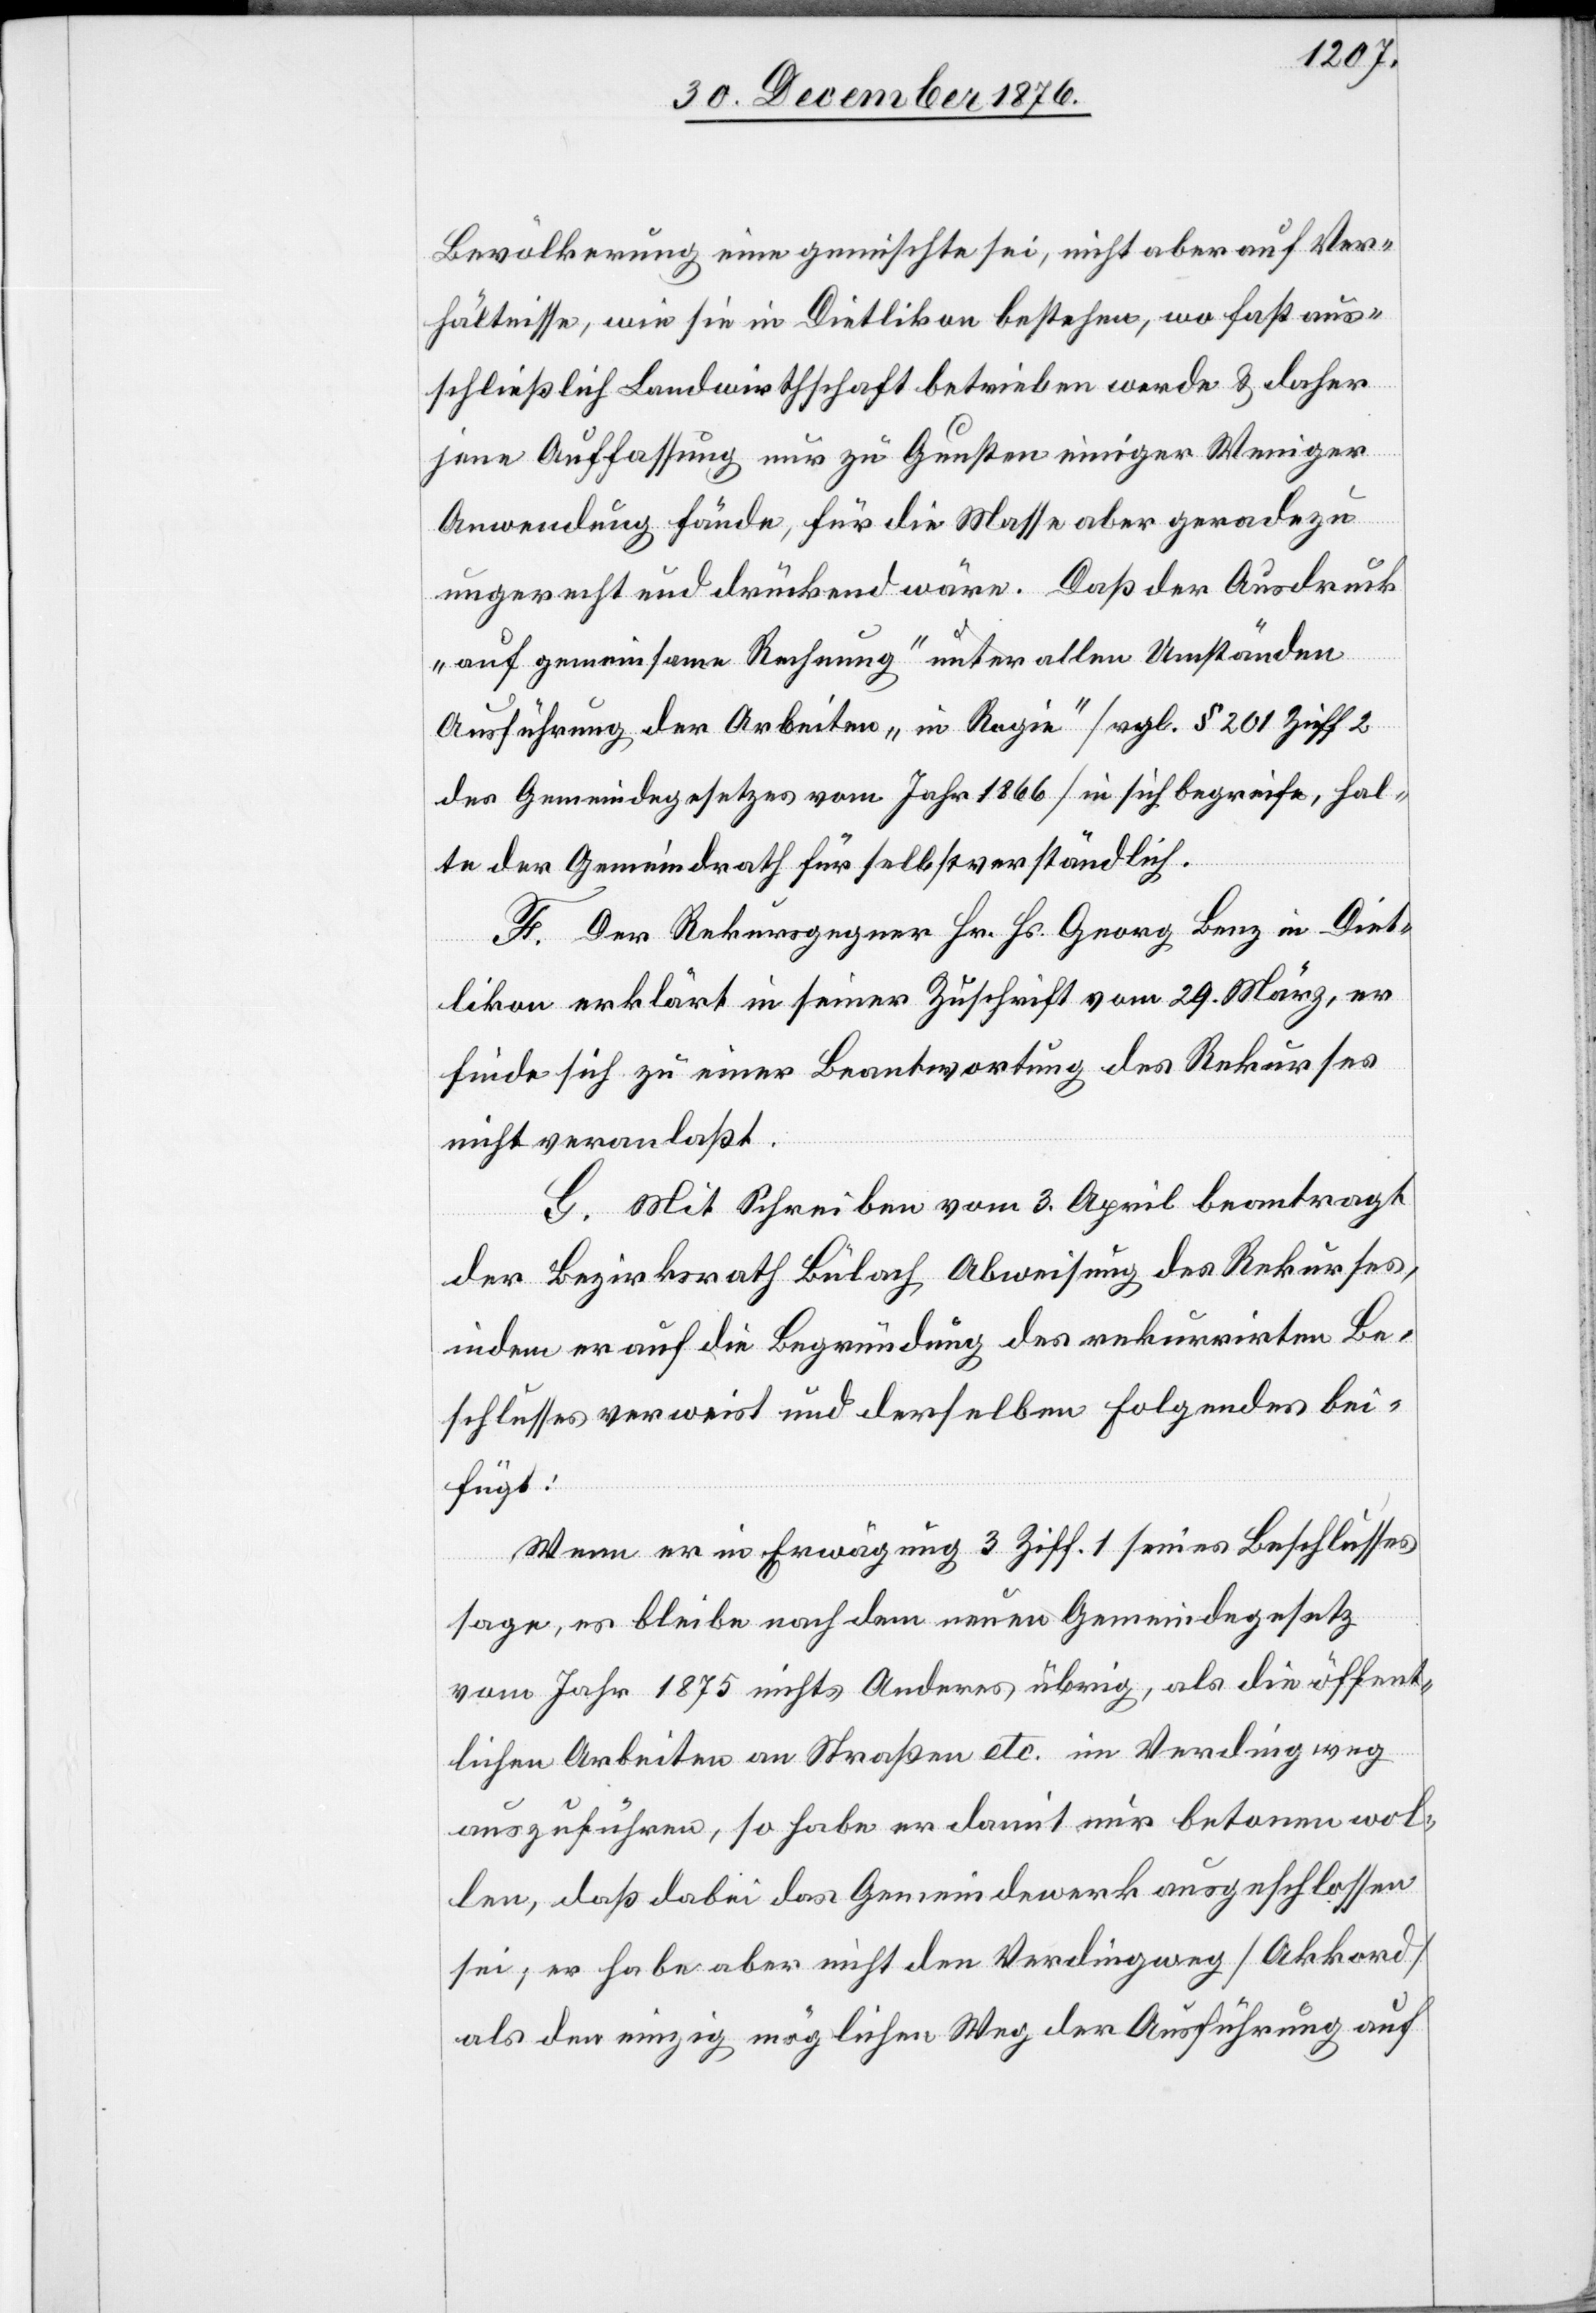
Bevölkerung eine gemischte sei, nicht aber auf Ver¬
hältnisse, wie sie in Dietlikon bestehen, wo fast aus¬
schließlich Landwirthschaft betrieben werde & daher
jene Auffassung nur zu Gunsten einiger Weniger
Anwendung fände, für die Masse aber geradezu
ungerecht und drückend wäre. Daß der Ausdruck
„auf gemeinsame Rechnung“ unter allen Umständen
Ausführung der Arbeiten „in Regie“ [vgl. § 201 Ziff[.]
des Gemeindegesetzes vom Jahr 1866] in sich begreife, hal¬
te der Gemeindrath für selbstverständlich.
F. Der Rekursgegner Hr. Hs. Georg Benz in Diet¬
likon erklärt in seiner Zuschrift vom 29. März, er
finde sich zu einer Beantwortung des Rekurses
nicht veranlaßt.
G. Mit Schreiben vom 3. April beantragt
der Bezirksrath Bülach Abweisung des Rekurses,
indem er auf die Begründung des rekurrirten Be¬
schlusses verweist und derselben Folgendes bei¬
fügt:
Wenn er in Erwägung 3 Ziff. 1 seines Beschlusses
sage, es bleibe nach dem neuen Gemeindegesetz
vom Jahr 1875 nichts Anderes übrig, als die öffent¬
lichen Arbeiten an Straßen etc. im Verdingweg
auszuführen, so habe er damit nur betonen wol¬
len, daß dabei das Gemeindewerk ausgeschlossen
sei; er habe aber nicht den Verdingsweg [Akkord]
Als den einzig möglichen Weg der Ausführung auf